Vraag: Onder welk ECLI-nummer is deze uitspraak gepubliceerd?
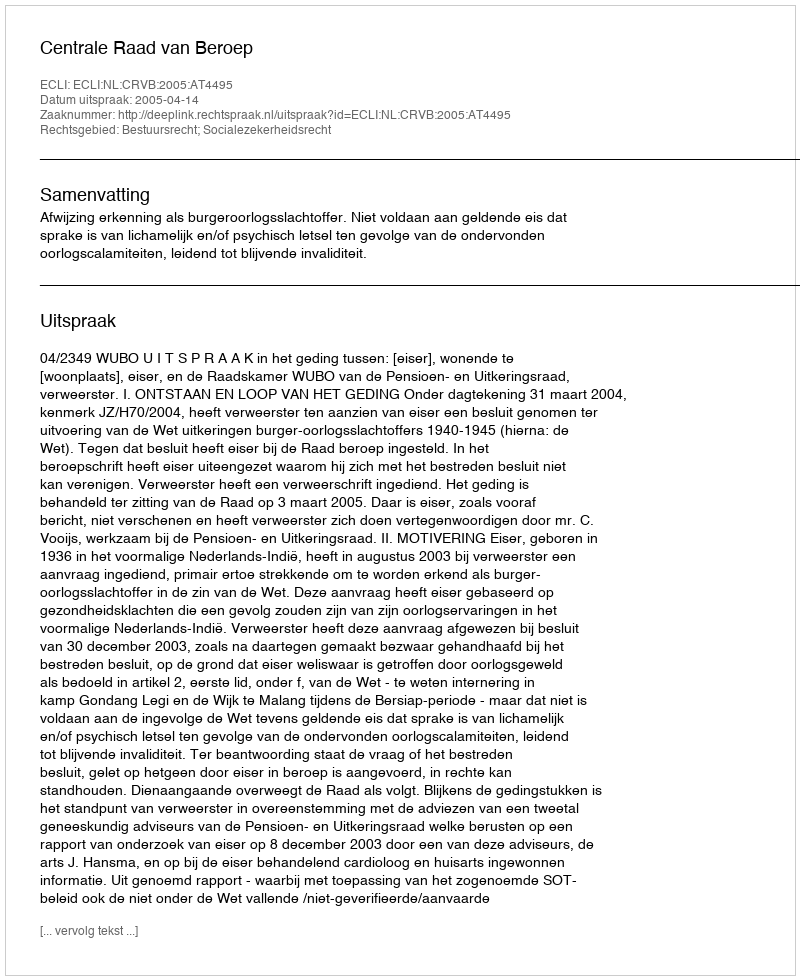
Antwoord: ECLI:NL:CRVB:2005:AT4495